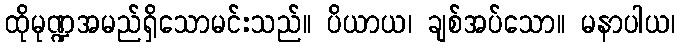
ထိုမုဏ္ဍအမည်ရှိသောမင်းသည်။ ပိယာယ၊ ချစ်အပ်သော။ မနာပါယ၊